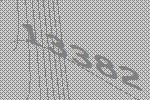
13382